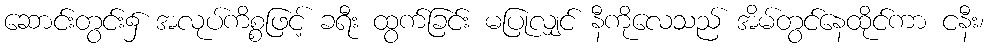
ဆောင်းတွင်း၌ အလုပ်ကိစ္စဖြင့် ခရီး ထွက်ခြင်း မပြုလျှင် နီကိုလေသည် အိမ်တွင်နေထိုင်ကာ ငနီး၊